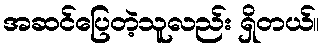
အဆင်ပြေတဲ့သူလည်း ရှိတယ်။